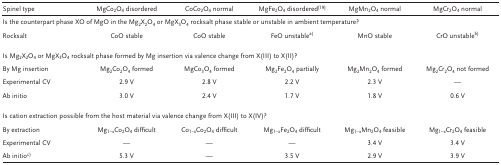
| Spinel type | MgCo2O4 disordered | CoCo2O4 normal | MgFe2O4 disordered19 | MgMn2O4 normal | MgCr2O4 normal |
 | --- | --- | --- | --- | --- | --- |
 | <COLSPAN=6> Is the counterpart phase XO of MgO in the Mg2X2O4 or MgX3O4 rocksalt phase stable or unstable in ambient temperature? |
 | Rocksalt | CoO stable | CoO stable | FeO unstablea) | MnO stable | CrO unstableb) |
 | <COLSPAN=6> Is Mg2X2O4 or MgX3O4 rocksalt phase formed by Mg insertion via valence change from X(III) to X(II)? |
 | By Mg insertion | Mg2Co2O4 formed | MgCo3O4 formed | Mg2Fe2O4 partially | Mg2Mn2O4 formed | Mg2Cr2O4 not formed |
 | Experimental CV | 2.9 V | 2.8 V | 2.2 V | 2.3 V | — |
 | Ab initio | 3.0 V | 2.4 V | 1.7 V | 1.8 V | 0.6 V |
 | <COLSPAN=6> Is cation extraction possible from the host material via valence change from X(III) to X(IV)? |
 | By extraction | Mg1−xCo2O4 difficult | Co1−xCo2O4 difficult | Mg1−xFe2O4 difficult | Mg1−xMn2O4 feasible | Mg1−xCr2O4 feasible |
 | Experimental CV | — | — | — | 3.4 V | 3.4 V |
 | Ab initioc) | 5.3 V | — | 3.5 V | 2.9 V | 3.9 V |